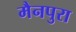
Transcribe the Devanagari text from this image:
मैनपुरा